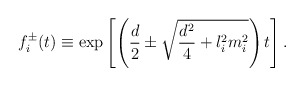
\begin{align*}f_i^{\pm}(t) \equiv \exp\left[\left({d\over 2}\pm\sqrt{{d^2\over 4}+l_i^2m_i^2}\right)t \right]. \end{align*}